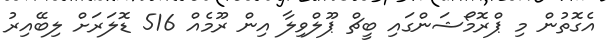
އެގޮތުން މި ޕްރޮމޯޝަންގައި ބީޗް ޕޫލްވިލާ އިން ރޫމެއް 516 ޑޮލަރަށް ލިބޭއިރު